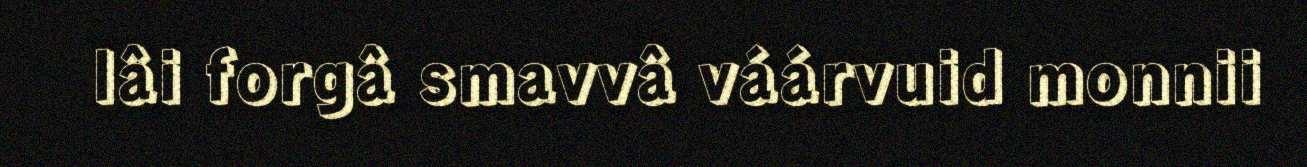
lâi forgâ smavvâ váárvuid monnii